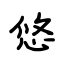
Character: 悠